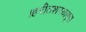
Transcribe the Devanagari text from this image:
।हरीतशस्यावृत्त